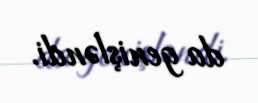
da genişləndi.